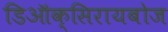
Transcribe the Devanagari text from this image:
डिऑक्सिरायबोज